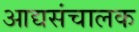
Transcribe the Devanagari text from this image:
आद्यसंचालक